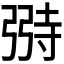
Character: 𫸺